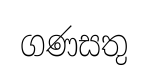
ගණසතු